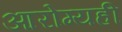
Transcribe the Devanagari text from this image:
आरोग्यही